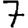
Digit: 7